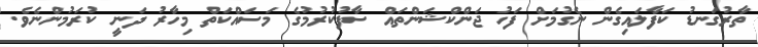
ތާރުގަނޑު ކަފާލައިގެން ނެގުމަށް ފަހު ޖަންކްޝަންތައް ސާފުކުރުމުގެ މަސައްކަތް މިހާރު ދަނީ ކުރަމުންނެވެ.